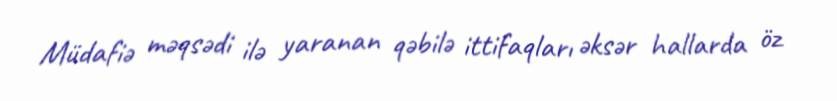
Müdafiə məqsədi ilə yaranan qəbilə ittifaqları əksər hallarda öz